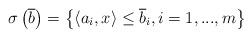
LaTeX: \begin{align*}\sigma \left( \overline{b}\right) =\left\{ \left\langle a_{i},x\right\rangle\leq \overline{b}_{i},i=1,...,m\right\} \end{align*}